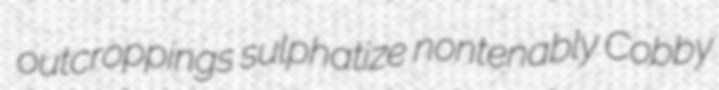
outcroppings sulphatize nontenably Cobby